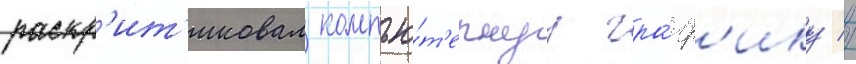
раскр'ит'иковал компью́т'ернуу гра́ф'ику //